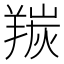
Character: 羰